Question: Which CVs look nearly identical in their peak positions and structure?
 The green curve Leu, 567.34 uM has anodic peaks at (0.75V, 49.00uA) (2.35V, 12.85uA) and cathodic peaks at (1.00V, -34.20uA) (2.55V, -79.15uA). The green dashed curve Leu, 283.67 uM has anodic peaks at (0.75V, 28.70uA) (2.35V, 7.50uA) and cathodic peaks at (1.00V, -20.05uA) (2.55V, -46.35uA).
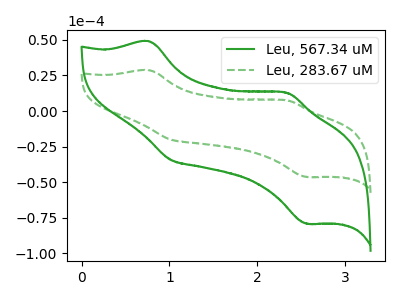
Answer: <think>All the peaks in "Leu, 567.34 uM" have a peak in "Leu, 283.67 uM" at the same potential. Every peak in "Leu, 567.34 uM" is higher than every peak in "Leu, 283.67 uM".
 </think>
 <answer>"Leu, 567.34 uM" and "Leu, 283.67 uM" have the same shape and are likely CV's of the same chemical.</answer>
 <eval>"Leu, 567.34 uM" "Leu, 283.67 uM"</eval>